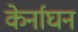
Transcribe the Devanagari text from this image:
केर्नाघन